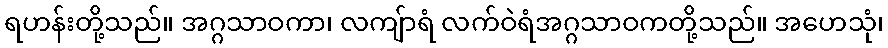
ရဟန်းတို့သည်။ အဂ္ဂသာဝကာ၊ လကျ်ာရံ လက်ဝဲရံအဂ္ဂသာဝကတို့သည်။ အဟေသုံ၊